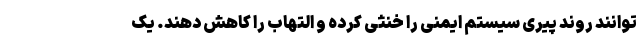
توانند روند پیری سیستم ایمنی را خنثی کرده و التهاب را کاهش دهند. یک